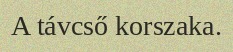
A távcső korszaka.